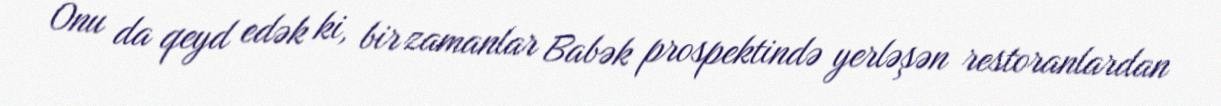
Onu da qeyd edək ki, bir zamanlar Babək prospektində yerləşən restoranlardan